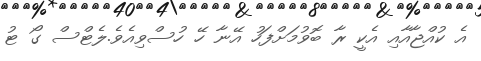
އެ ކުއްޖާއާއި އެކީ ރާ ބޮވުމަށްފަހު އޭނާ ހޭ ހުސްވިއެވެ.ލެޓްސް ގޯ ޓު